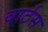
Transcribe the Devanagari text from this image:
वार्टस